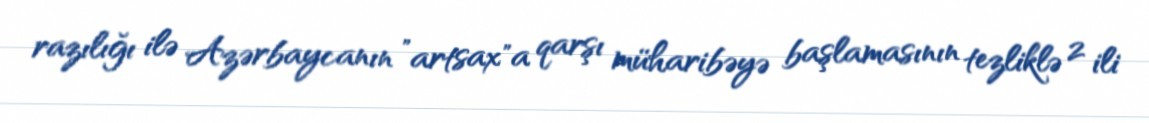
razılığı ilə Azərbaycanın ”artsax"a qarşı müharibəyə başlamasının tezliklə 2 ili